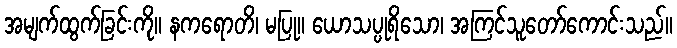
အမျက်ထွက်ခြင်းကို။ နကရောတိ၊ မပြု။ ယောသပ္ပုရိသော၊ အကြင်သူတော်ကောင်းသည်။